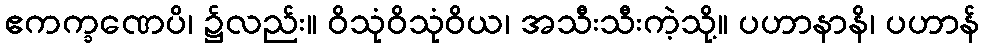
ဧကက္ခဏေပိ၊ ၌လည်း။ ဝိသုံဝိသုံဝိယ၊ အသီးသီးကဲ့သို့။ ပဟာနာနိ၊ ပဟာန်